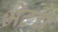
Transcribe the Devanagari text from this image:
भेटच